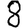
Digit: 8